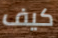
كيف